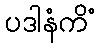
ပဒါနံကိံ